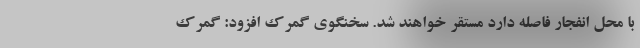
با محل انفجار فاصله دارد مستقر خواهند شد. سخنگوی گمرک افزود: گمرک